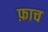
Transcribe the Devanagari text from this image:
फ़ाच